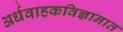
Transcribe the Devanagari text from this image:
अर्धवाहकविज्ञानात